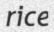
rice